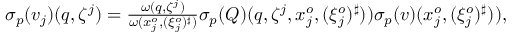
\begin{array} { r } { \sigma _ { { p } } ( v _ { j } ) ( q , \zeta ^ { j } ) = \frac { \omega ( q , \zeta ^ { j } ) } { \omega ( x _ { j } ^ { o } , ( \xi _ { j } ^ { o } ) ^ { \sharp } ) } \sigma _ { { p } } ( Q ) ( q , \zeta ^ { j } , x _ { j } ^ { o } , ( \xi _ { j } ^ { o } ) ^ { \sharp } ) ) \sigma _ { { p } } ( v ) ( x _ { j } ^ { o } , ( \xi _ { j } ^ { o } ) ^ { \sharp } ) ) , } \end{array}